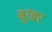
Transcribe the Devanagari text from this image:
बुखर